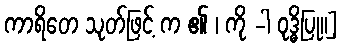
ကာရိတေ သုတ်ဖြင့် က ၏ ၊ ကို -ါ ဝုဒ္ဓိပြု။]